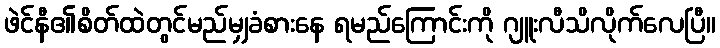
ဖဲင်နီ၏စိတ်ထဲတွင်မည်မျှခံစားနေ ရမည်ကြောင်းကို ဂျူးလီသိလိုက်လေပြီ။